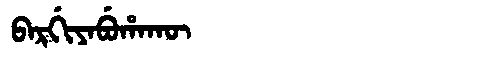
Manchu: ᠪᠠᡵᡤᡳᠶᠠᠪᡠᡥᠠᡴᡡ
Romanization: BARGIYABUHAKŪ